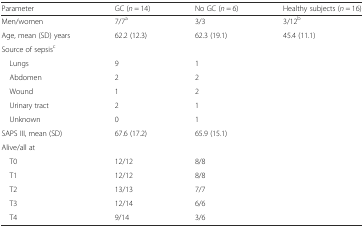
<table><thead><tr><td><b>Parameter</b></td><td><b>GC (<i>n</i> = 14)</b></td><td><b>No GC (<i>n</i> = 6)</b></td><td><b>Healthy subjects (<i>n</i> = 16)</b></td></tr></thead><tbody><tr><td>Men/women</td><td>7/7<sup>a</sup></td><td>3/3</td><td>3/12<sup>b</sup></td></tr><tr><td>Age, mean (SD) years</td><td>62.2 (12.3)</td><td>62.3 (19.1)</td><td>45.4 (11.1)</td></tr><tr><td>Source of sepsis<sup>c</sup></td><td></td><td></td><td></td></tr><tr><td> Lungs</td><td>9</td><td>1</td><td></td></tr><tr><td> Abdomen</td><td>2</td><td>2</td><td></td></tr><tr><td> Wound</td><td>1</td><td>2</td><td></td></tr><tr><td> Urinary tract</td><td>2</td><td>1</td><td></td></tr><tr><td> Unknown</td><td>0</td><td>1</td><td></td></tr><tr><td>SAPS III, mean (SD)</td><td>67.6 (17.2)</td><td>65.9 (15.1)</td><td></td></tr><tr><td>Alive/all at</td><td></td><td></td><td></td></tr><tr><td> T0</td><td>12/12</td><td>8/8</td><td></td></tr><tr><td> T1</td><td>12/12</td><td>8/8</td><td></td></tr><tr><td> T2</td><td>13/13</td><td>7/7</td><td></td></tr><tr><td> T3</td><td>12/14</td><td>6/6</td><td></td></tr><tr><td> T4</td><td>9/14</td><td>3/6</td><td></td></tr></tbody></table>